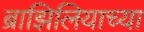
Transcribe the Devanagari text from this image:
ब्राझिलियाच्या